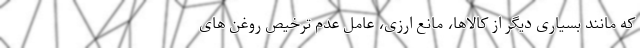
که مانند بسیاری دیگر از کالاها، مانع ارزی، عامل عدم ترخیص روغن های